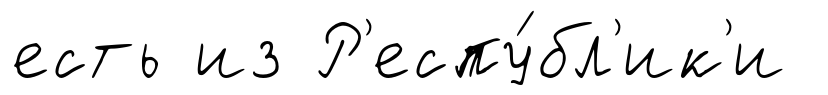
есть из Р'еспу́бл'ик'и